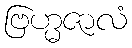
ဗြဟ္မဇာလံ